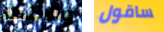
والانتظار ساقول